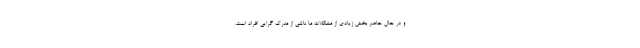
و در حال حاضر بخش زیادی از مشکلات ما ناشی از مدرک گرایی افراد است.